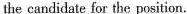
the candidate for the position.